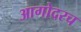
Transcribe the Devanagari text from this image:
आगोदरच